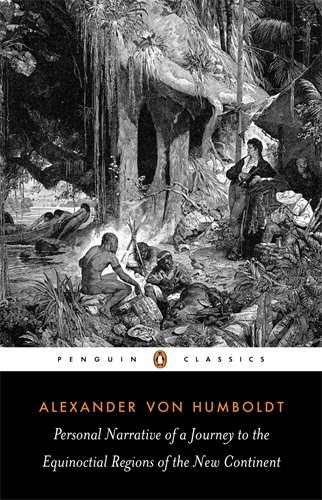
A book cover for Personal Narrative of a Journey to the Equinoctial Regions of the New Continent: Abridged Edition (Penguin Classics); Alexander von Humboldt; Biographies & Memoirs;